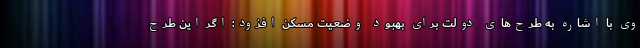
وی با اشاره به طرح‌های دولت برای بهبود وضعیت مسکن افزود: اگر این طرح